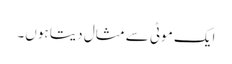
ایک موٹی سے مثال دیتا ہوں۔